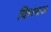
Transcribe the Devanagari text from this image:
किरवज